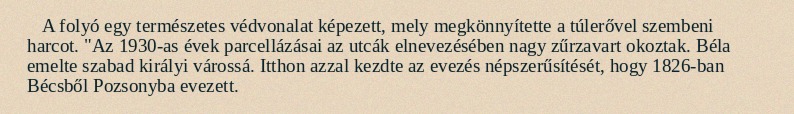
A folyó egy természetes védvonalat képezett, mely megkönnyítette a túlerővel szembeni harcot. "Az 1930-as évek parcellázásai az utcák elnevezésében nagy zűrzavart okoztak. Béla emelte szabad királyi várossá. Itthon azzal kezdte az evezés népszerűsítését, hogy 1826-ban Bécsből Pozsonyba evezett.